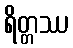
ရိတ္တဿ